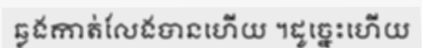
ឆ្លងកាត់លែងបានហើយ ។ដូច្នេះហើយ